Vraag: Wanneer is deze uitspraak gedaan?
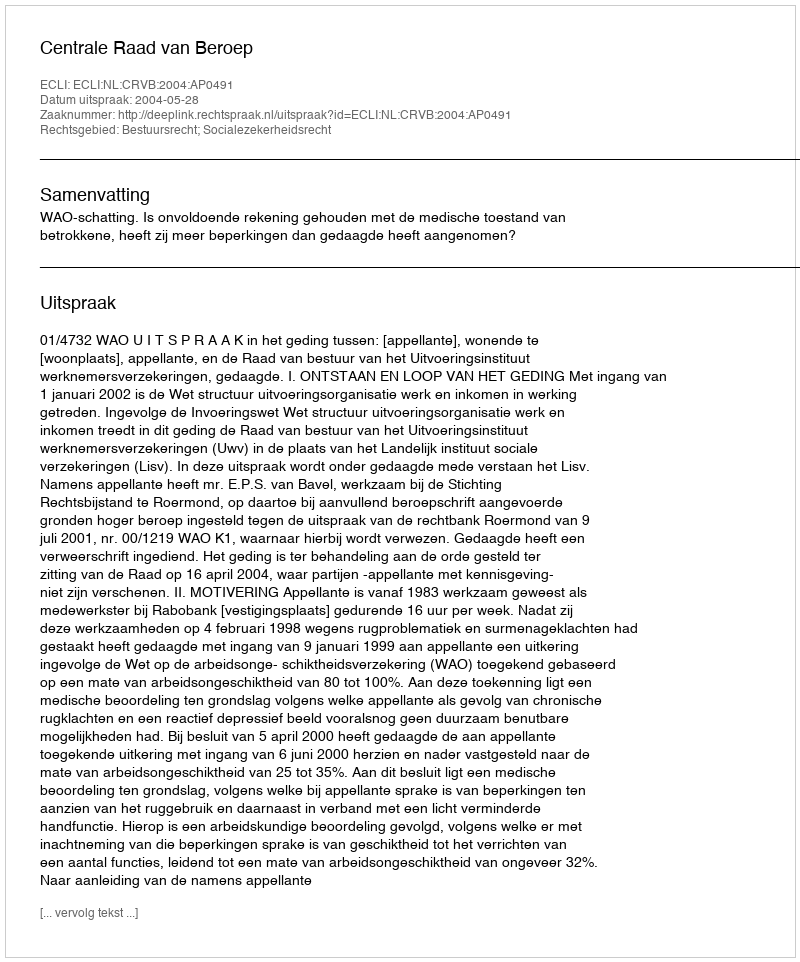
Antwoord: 2004-05-28